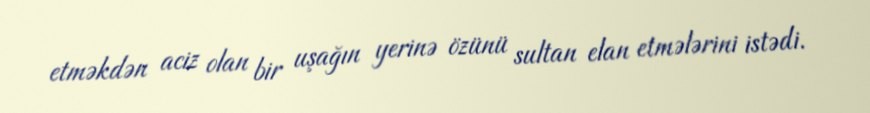
etməkdən aciz olan bir uşağın yerinə özünü sultan elan etmələrini istədi.